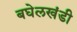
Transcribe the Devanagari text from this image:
बघेलखंडी